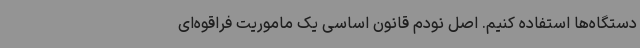
دستگاه‌ها استفاده کنیم. اصل نودم قانون اساسی یک ماموریت فراقوه‌ای